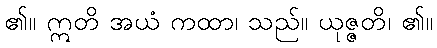
၏။ ဣတိ အယံ ကထာ၊ သည်။ ယုဇ္ဇတိ၊ ၏။